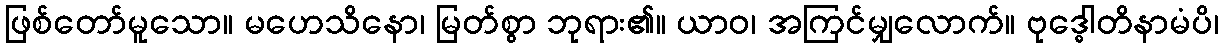
ဖြစ်တော်မူသော။ မဟေသိနော၊ မြတ်စွာ ဘုရား၏။ ယာဝ၊ အကြင်မျှလောက်။ ဗုဒ္ဓေါတိနာမံပိ၊